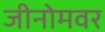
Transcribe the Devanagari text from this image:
जीनोमवर